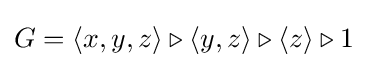
G=\langle x,y,z\rangle \triangleright \langle y,z\rangle \triangleright \langle z\rangle \triangleright 1